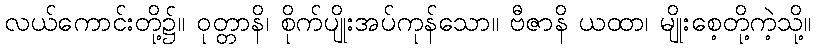
လယ်ကောင်းတို့၌။ ဝုတ္တာနိ၊ စိုက်ပျိုးအပ်ကုန်သော။ ဗီဇာနိ ယထာ၊ မျိုးစေ့တို့ကဲ့သို့။